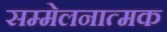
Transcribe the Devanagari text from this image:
सम्मेलनात्मक